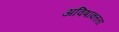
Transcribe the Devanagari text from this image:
अविषाक्तता